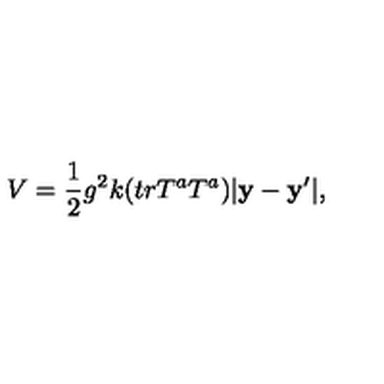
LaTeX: V = \frac { 1 } { 2 } g ^ { 2 } k ( t r T ^ { a } T ^ { a } ) | \bf y - { \bf y ^ { \prime } } | ,